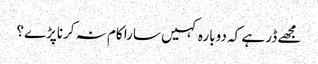
مجھے ڈر ہے کہ دوبارہ کہیں سارا کام نہ کرناپڑے؟